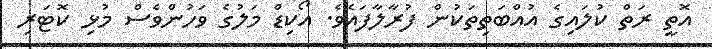
އޮތީ ރަތް ކުލައިގެ އުއްބަތިތަކުން ފުރާލާފައެވެ. އޯކިޑް މަލުގެ ވަހުންވެސް މުޅި ކޮޓަރި